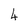
Character: 4